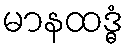
မာနထဒ္ဓံ